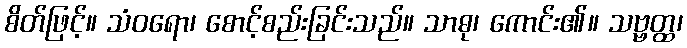
စိတ်ဖြင့်။ သံဝရော၊ စောင့်စည်းခြင်းသည်။ သာဓု၊ ကောင်း၏။ သဗ္ဗတ္ထ၊